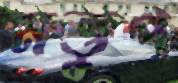
মত্তুপ